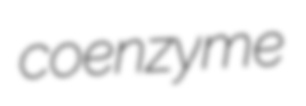
coenzyme